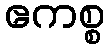
ဧကစ္စ